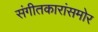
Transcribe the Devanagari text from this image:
संगीतकारांसमोर